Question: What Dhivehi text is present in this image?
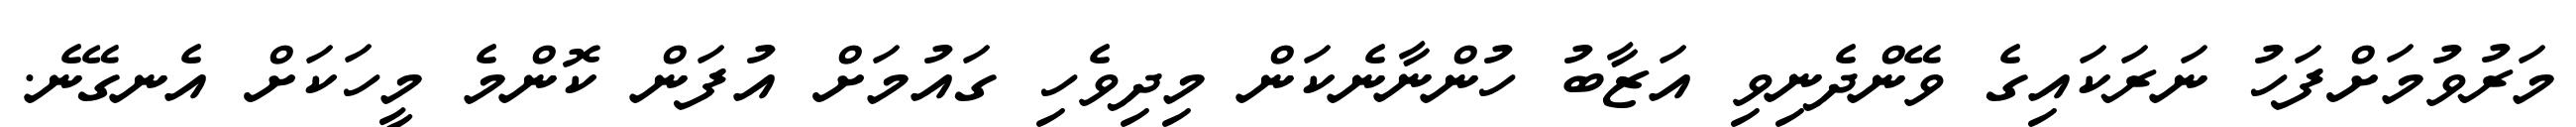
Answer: މަރުވުމަށްފަހު ނަރަކައިގެ ވޭންދެނިވި އަޒާބު ހުންނާނެކަން މިދިވެހި ގައުމަށް އުފަން ކޮންމެ މީހަކަށް އެނގޭނެ.